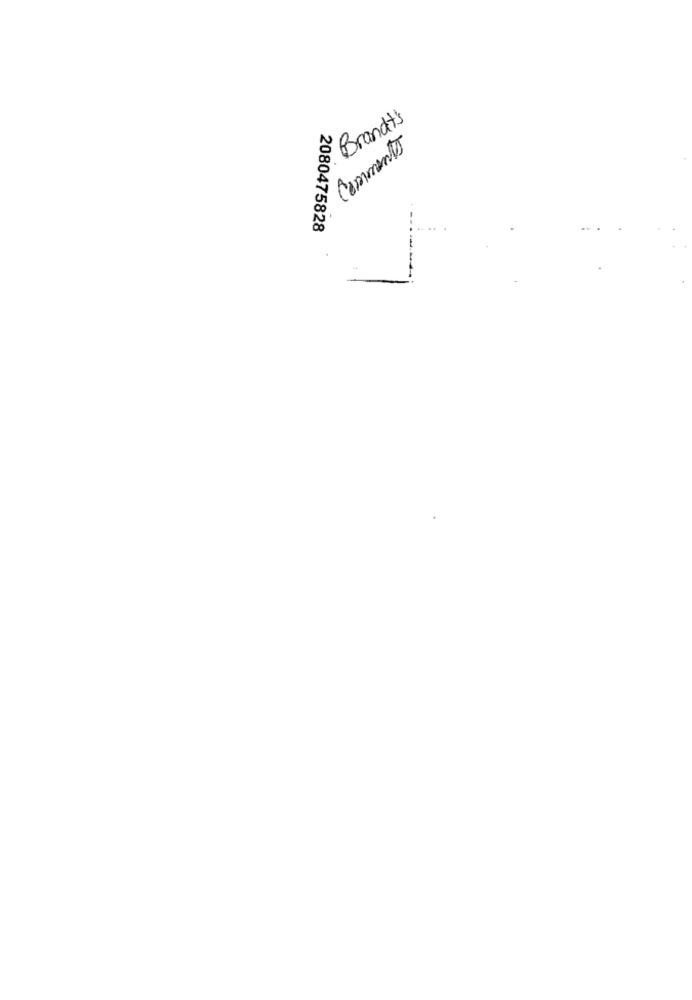
Brandts
Comments
2080475828